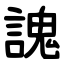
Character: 謉